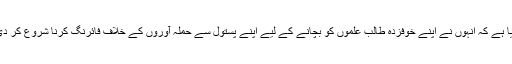
بتایا گیا ہے کہ انہوں نے اپنے خوفزدہ طالب علموں کو بچانے کے لیے اپنے پستول سے حملہ آوروں کے خلاف فائرنگ کرنا شروع کر دی تھی۔